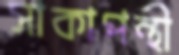
সাকাপন্থী